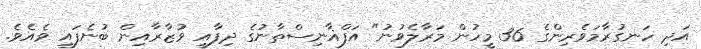
އަދި ހަނގުރާމަވެރިންގެ 36 މީހުން މަރާލެވުނު" އަފްޣާނިސްތާނުގެ ދިފާއީ ވުޒާރާއިން ބުނެފައި ވެއެވެ.